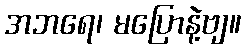
အဘရေ၊ မပြောနဲ့ဗျ။